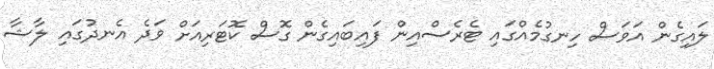
ލައިގެން އަވަސް ހިނގުމެއްގައި ޓެރެސްއިން ފައިބައިގެން ގޮސް ކޮޓަރިއަށް ވަދެ އެނދުގައި ލާޝާ